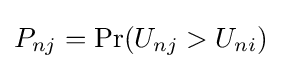
P_{nj}=\Pr(U_{nj}>U_{ni})